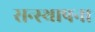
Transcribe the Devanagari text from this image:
सन्स्थापना